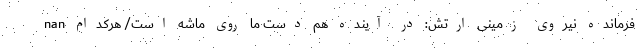
nan فرمانده نیروی زمینی ارتش: در آینده هم دست ما روی ماشه است/ هرکدام